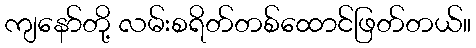
ကျနော်တို့ လမ်းစရိတ်တစ်ထောင်ဖြတ်တယ်။